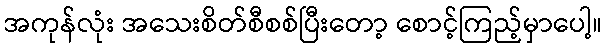
အကုန်လုံး အသေးစိတ်စီစစ်ပြီးတော့ စောင့်ကြည့်မှာပေါ့။